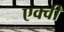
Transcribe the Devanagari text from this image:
एक्वी